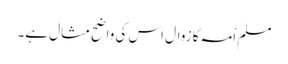
مسلم اْمہ کا زوال اس کی واضح مثال ہے۔